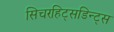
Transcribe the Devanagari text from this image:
सिचरहिट्सडिन्ट्स